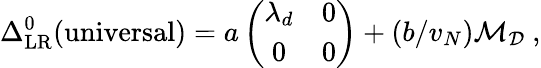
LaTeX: \Delta_{\mathrm{LR}}^{0}(\mathrm{universal})=a\left(\begin{array}{cc}{{\lambda_{d}}}&{{0}}\\ {{0}}&{{0}}\end{array}\right)+(b/v_{N}){\cal M}_{\cal D}~,